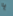
يا